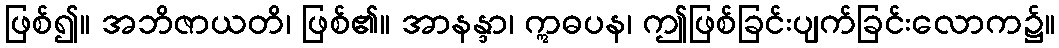
ဖြစ်၍။ အဘိဇာယတိ၊ ဖြစ်၏။ အာနန္ဒာ၊ ဣဓပန၊ ဤဖြစ်ခြင်းပျက်ခြင်းလောက၌။